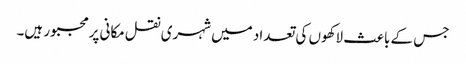
جس کے باعث لاکھوں کی تعداد میں شہری نقل مکانی پرمجبور ہیں۔